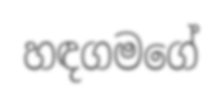
හඳගමගේ